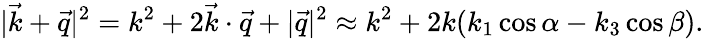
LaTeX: |\vec{k}+\vec{q}|^{2}=k^{2}+2\vec{k}\cdot\vec{q}+|\vec{q}|^{2}\approx k^{2}+2k(k_{1}\cos\alpha-k_{3}\cos\beta).